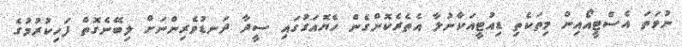
ނުވަތަ އެސްޓީއޯއިން މިތަކެތި ޑިއުޓީއަކާނުލާ އެތެރެކޮށްގެން ހެޔޮއަގުގައި ސީދާ ދަނޑުވެރިންނަށް ލިބޭނެގޮތް ފަހިކުރުމުގެ